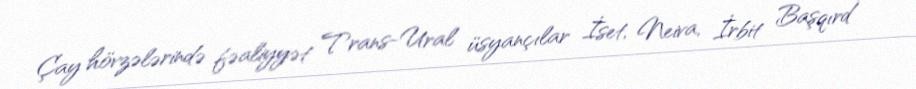
Çay hövzələrində fəaliyyət Trans-Ural üsyançılar İset, Neiva, İrbit Başqırd